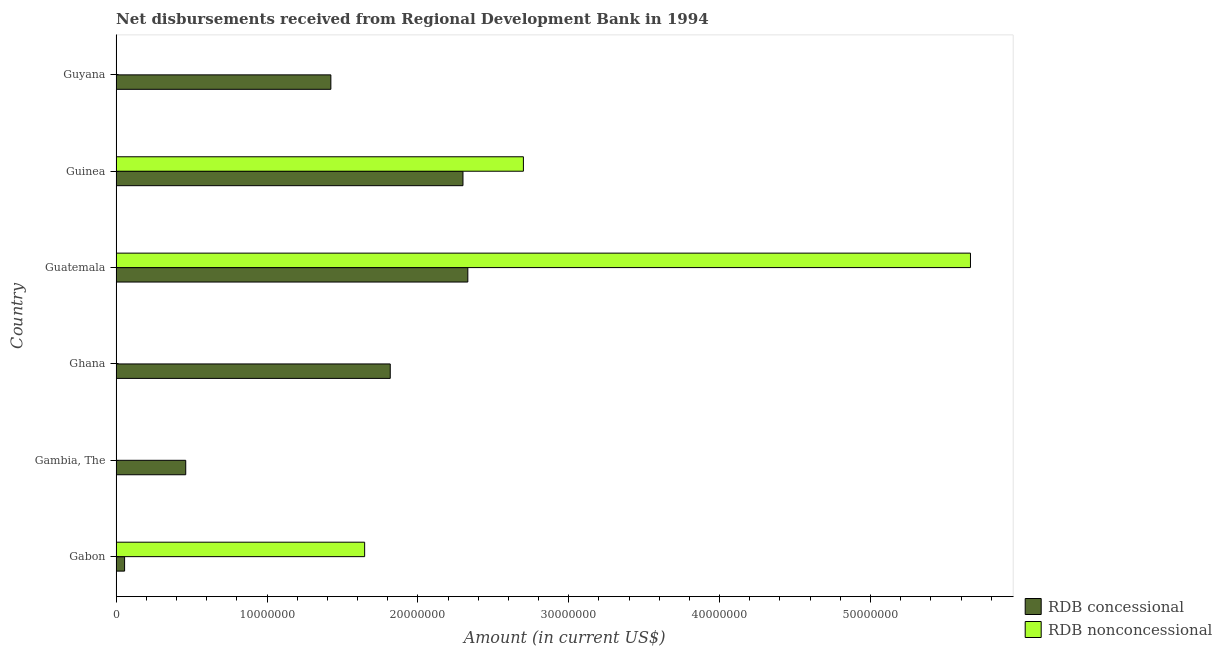
| Country | RDB concessional | RDB nonconcessional |
 | --- | --- | --- |
 | Gabon | 5.61e+05 | 1.65e+07 |
 | Gambia, The | 4.61e+06 | -1.74e+06 |
 | Ghana | 1.82e+07 | -5.3e+05 |
 | Guatemala | 2.33e+07 | 5.66e+07 |
 | Guinea | 2.3e+07 | 2.7e+07 |
 | Guyana | 1.42e+07 | -8.85e+06 |